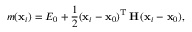
m ( \mathbf { x } _ { i } ) = E _ { 0 } + \frac { 1 } { 2 } ( \mathbf { x } _ { i } - \mathbf { x } _ { 0 } ) ^ { \mathrm { T } } \, \mathbf { H } \, ( \mathbf { x } _ { i } - \mathbf { x } _ { 0 } ) ,